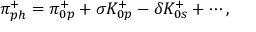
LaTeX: \pi _ { p h } ^ { + } = \pi _ { 0 p } ^ { + } + \sigma K _ { 0 p } ^ { + } - \delta K _ { 0 s } ^ { + } + \cdots ,